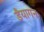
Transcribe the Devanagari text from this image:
डैयागन